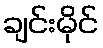
ချင်းမိုင်